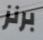
برنز